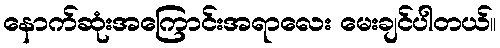
နောက်ဆုံးအကြောင်းအရာလေး မေးချင်ပါတယ်။